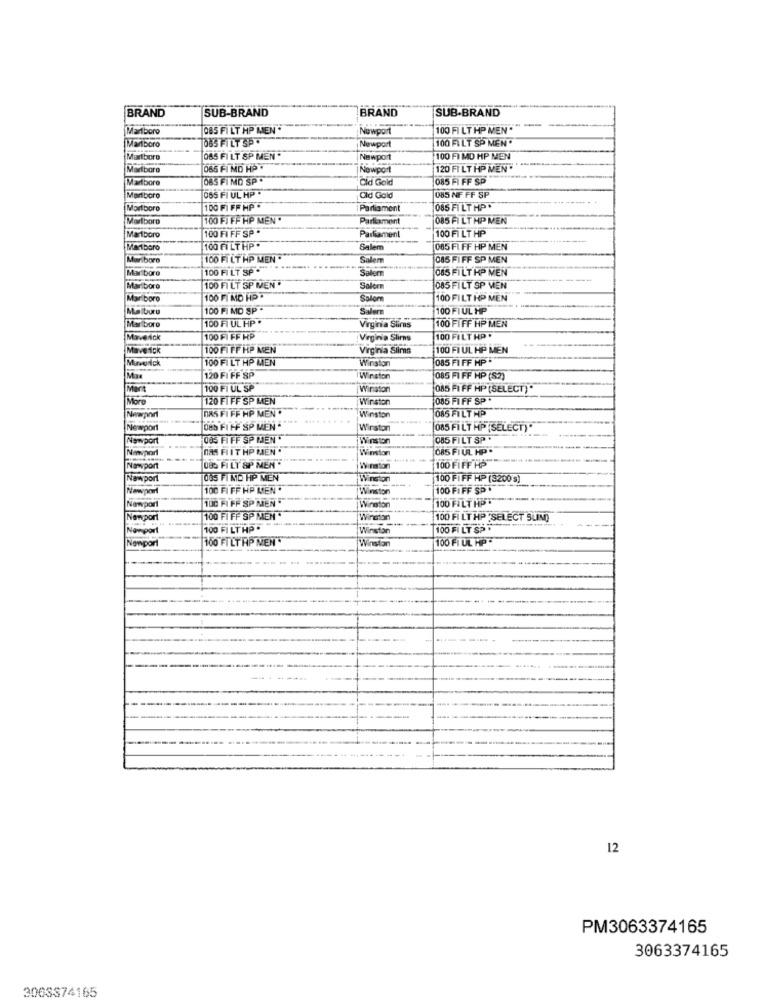
BRAND
SUB-BRAND
BRAND
SUB-BRAND
Martboro
085 FILT HP MEN
Newport
100 FI LT HP MEN *
Marlboro
085 FILT SP .
100 FILT SP MEN
Newport
Marlboro
OBS FILT SP MEN.
Newport
100 FI MD HP MEN
Marlboro
065 FIND HP*
|Newport
120 FI LT HP MEN
Marlboro
085 FI MD SP .
Old Gold
085 FI FF SP
065 FI UL HP .
Marlboro
Old Gold
085 NF FF SP
Marlboro
100 FI FF HP *
Parliament
085 FILT HP*
Marlboro
100 FI FF HP MEN
Parliament
085 FILT HP MEN
100 FI FF SP .
100 FI LT HP
Marlboro
Parliament
Marlboro
100 FILT HP
Balem
065 FI FF HP MEN
Marlboro
100 FT LT HP MEN *
Salem
085 FIFF SP MEN
100 FILT SP .
Saber
085 FILT HP MEN
Marboro
Marboro
100 FI LT SP MEN
Salon
085 FILT SP VEN
Marlboro
100 FI MO HP
Salone
100 FILT HP MEN
Maiburu
100 FI MD SP .
100 FI UL HP
100 FI UL HP *
100 FIFF HP MEN
Marlboro
Virginia Slims
Maverick
100 FI FF HP
Virginia Slimns
100 FILT HP *
100 FIFF HP MEN
Virginia Slims
100 FI UL HP MEN
100 FI LT HP MEN
Winston
085 FI FF MP
120 FI FF SP
Winston
085 FI FF HP (S2)
Mart
100 FI UL SP
Winston
085 FI FF HP (SELECT)"
120 FI FF SP MEN
Winston
085 FIFF SP
Moro
DAS FI FF HP MEN .
085 FILT HP
Winston
Newport
OBS FIFF SP MEN -
Winston
085 FILT HP (SELECT)"
Newport
085 FI FF SP MEN *
Winston
085 FILT SP .
Nimport
DAS FI IT HP RIEN"
Winston
085 FIUL HP.
085 FILT SP MEN .
Nampor
Winston
100 FIFF HP
Non port
085 FIND HP MEN
Winston
100 FIFF HP (3200 5)
100 FI FF HP MEN *
Winston
100 FIFF SP .
Newport
100 FI FF SP MEN
100 FILTHP
Winston
Nomport
100 FI FF SP MEN "
Winston
100 FI LT HP 'SELÉCT SLIM)
100 FILT HP. "
Winston
100 FI LT SP .
Nempor
100 FILTRP MEN
100 FI UL HP
Winston
12
PM3063374165
3063374165
3063374165